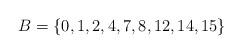
LaTeX: \begin{align*}B = \{ 0, 1, 2, 4, 7, 8, 12, 14, 15 \}\end{align*}